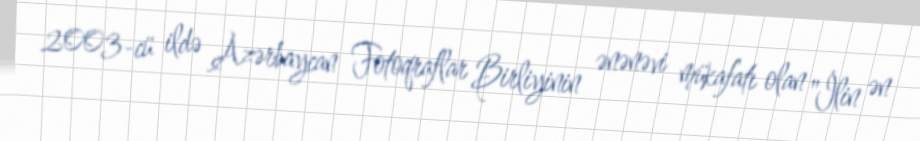
2003-cü ildə Azərbaycan Fotoqraflar Birliyinin ənənəvi mükafatı olan "İlin ən